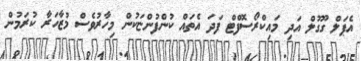
އެޕަލް ގޫގުލް އަދި މައިކްރޯސޮފްޓް ފަދަ އެތައް ކުންފުންޏަކުން މިހާރުވެސް މުޒާހަރާ ކުރަމުން